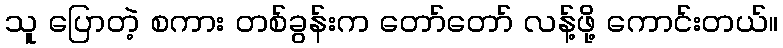
သူ ပြောတဲ့ စကား တစ်ခွန်းက တော်တော် လန့်ဖို့ ကောင်းတယ်။